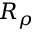
R _ { \rho }